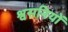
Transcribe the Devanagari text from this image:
श्वसनियों